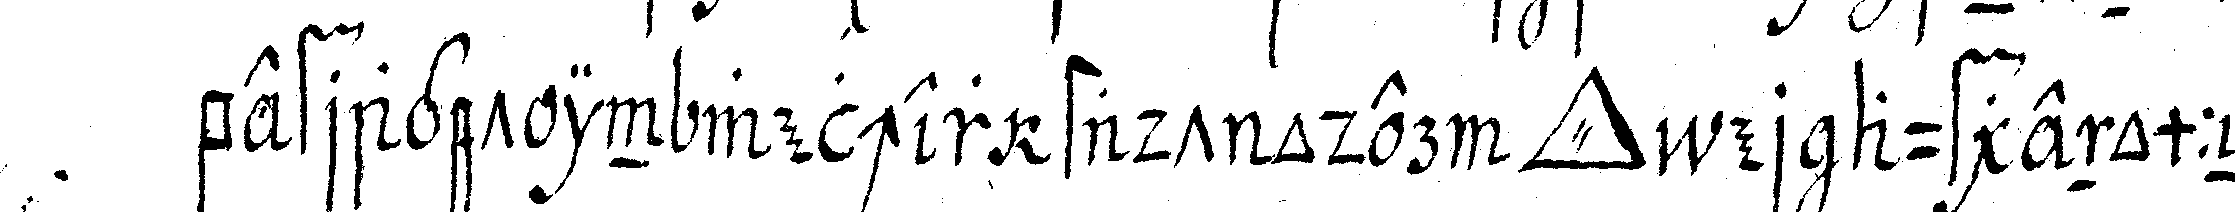
befraget in welcher stadt oder *tri..* er aufgenommeN